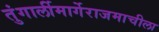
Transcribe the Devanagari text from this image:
तुंगार्लीमार्गेराजमाचीला